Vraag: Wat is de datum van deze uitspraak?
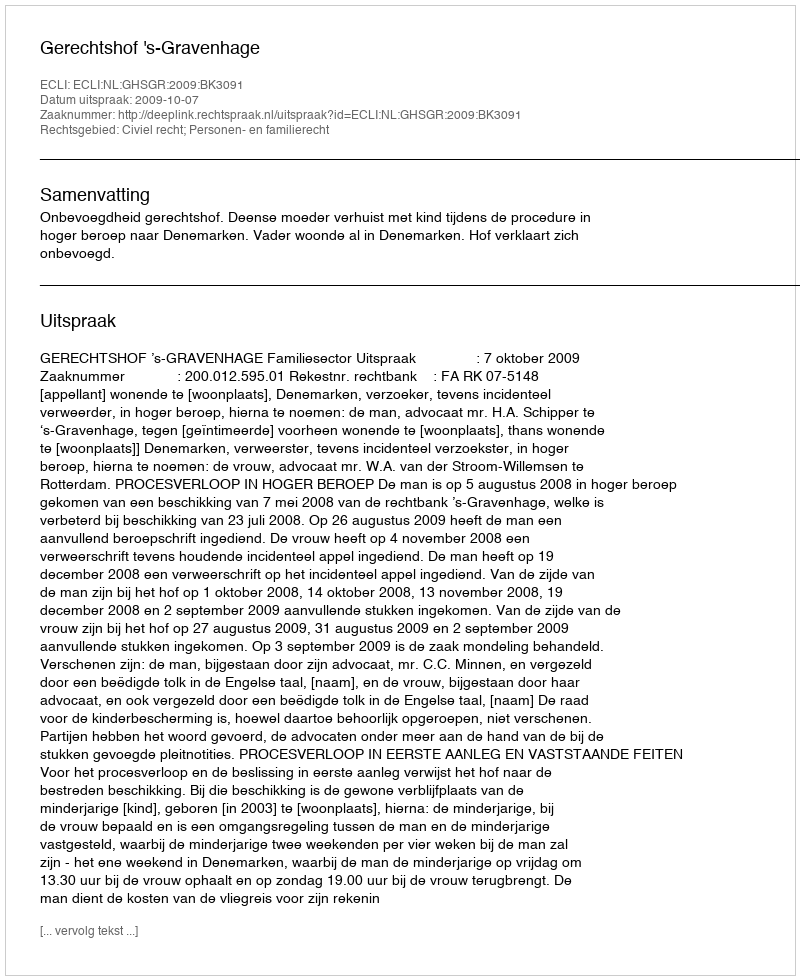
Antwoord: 2009-10-07